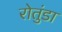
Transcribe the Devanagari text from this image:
रोतुंडा